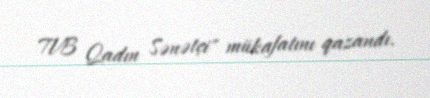
TVB Qadın Sənətçi" mükafatını qazandı.